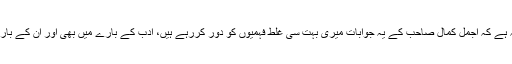
اچھی بات یہ ہے کہ اجمل کمال صاحب کے یہ جوابات میری بہت سی غلط فہمیوں کو دور کررہے ہیں، ادب کے بارے میں بھی اور ان کے بارے میں بھی۔